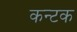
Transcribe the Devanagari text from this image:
कन्टक